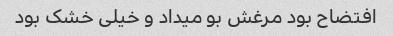
افتضاح بود مرغش بو میداد و خیلی خشک بود